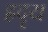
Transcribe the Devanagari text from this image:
ह्रदृय